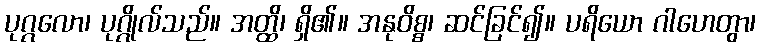
ပုဂ္ဂလော၊ ပုဂ္ဂိုလ်သည်။ အတ္ထိ၊ ရှိ၏။ အနုဝိစ္စ၊ ဆင်ခြင်၍။ ပရိယော ဂါဟေတွာ၊